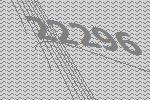
22296